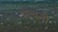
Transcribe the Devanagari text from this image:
प्राचनी